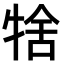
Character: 𤙱